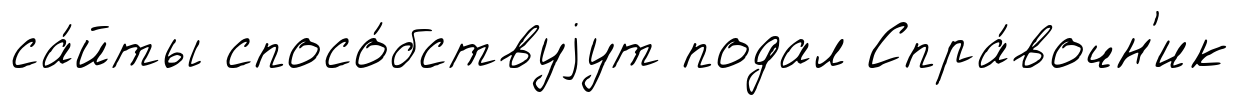
са́йты спосо́бствуjут подал Спра́вочн'ик